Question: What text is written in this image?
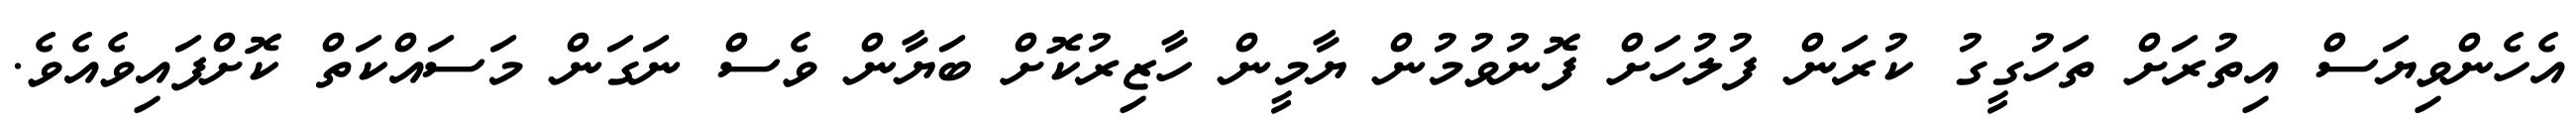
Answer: އެހެންވިޔަސް އިތުރަށް ތަހުގީގު ކުރަން ފުލުހަށް ފޮނުވުމުން ޔާމީން ހާޒިރުކޮށް ބަޔާން ވެސް ނަގަން މަސައްކަތް ކޮށްފައިވެއެވެ.